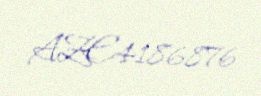
AZE4186876